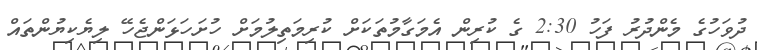
ދުވަހުގެ މެންދުރު ފަހު 2:30 ގެ ކުރިން އެމަގާމުތަކަށް ކުރިމަތިލުމަށް ހުށަހަޅަންޖެހޭ ލިޔެކިޔުންތައް